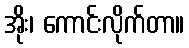
အိုး၊ ကောင်းလိုက်တာ။